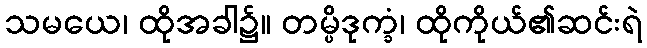
သမယေ၊ ထိုအခါ၌။ တမ္ပိဒုက္ခံ၊ ထိုကိုယ်၏ဆင်းရဲ